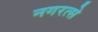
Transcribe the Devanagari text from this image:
नगरत्से